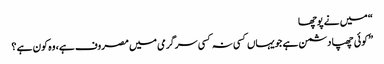
“ میں نے پوچھا
”کوئی چھپا دشمن ہے جویہاں کسی نہ کسی سرگرمی میں مصروف ہے، وہ کون ہے ؟